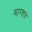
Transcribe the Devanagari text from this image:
माग्शर